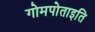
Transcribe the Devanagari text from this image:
गोमपोताइति